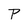
Character: P